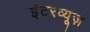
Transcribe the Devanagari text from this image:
इंटरव्यूज़